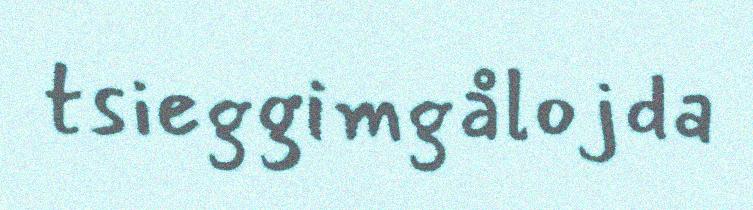
tsieggimgålojda